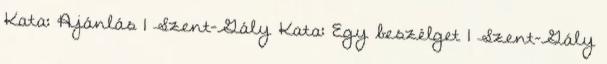
Kata: Ajánlás 1 Szent-Gály Kata: Egy beszélget 1 Szent-Gály